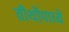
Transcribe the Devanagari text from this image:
तीर्थोपाध्ये